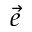
\vec { e }